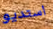
استديو